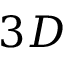
3 D